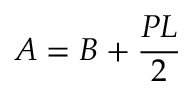
A = B + { \frac { P L } { 2 } }